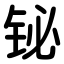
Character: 铋